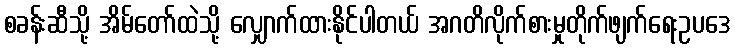
စခန်းဆီသို့ အိမ်တော်ထဲသို့ လျှောက်ထားနိုင်ပါတယ် အဂတိလိုက်စားမှုတိုက်ဖျက်ရေးဥပဒေ